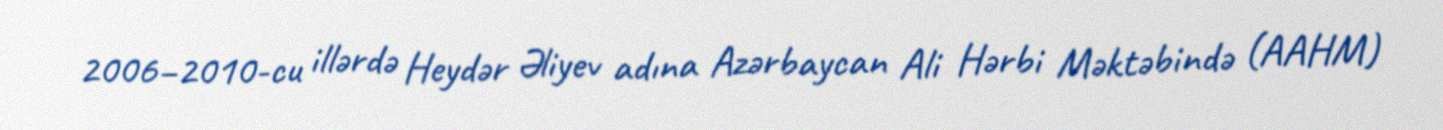
2006–2010-cu illərdə Heydər Əliyev adına Azərbaycan Ali Hərbi Məktəbində (AAHM)